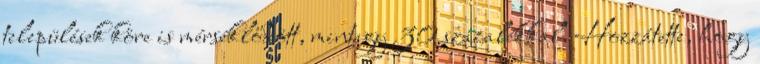
települések köre is mérséklődött, mintegy 30 százalékkal. Hozzátette, hogy